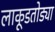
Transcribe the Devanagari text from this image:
लाकूडतोड्या